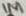
Text: Q1